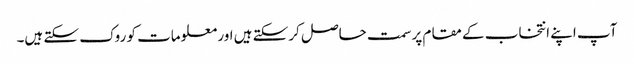
آپ اپنے انتخاب کے مقام پر سمت حاصل کرسکتے ہیں اور معلومات کو روک سکتے ہیں۔